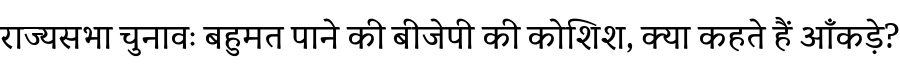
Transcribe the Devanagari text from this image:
राज्यसभा चुनावः बहुमत पाने की बीजेपी की कोशिश, क्या कहते हैं आँकड़े?